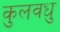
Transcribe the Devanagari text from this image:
कुलवधु